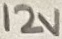
Text: 12V